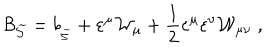
{ \cal B } _ { \widetilde { { \cal S } } } = b _ { _ { \widetilde { { \cal S } } } } + \varepsilon ^ { \mu } { \cal W } _ { \mu } + \frac 1 2 \varepsilon ^ { \mu } \varepsilon ^ { \nu } { \cal W } _ { \mu \nu } \; ,